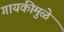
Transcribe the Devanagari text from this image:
गायकीमुळे